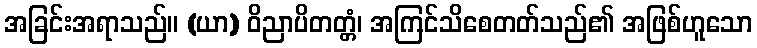
အခြင်းအရာသည်။ (ယာ) ဝိညာပိတတ္တံ၊ အကြင်သိစေတတ်သည်၏ အဖြစ်ဟူသော